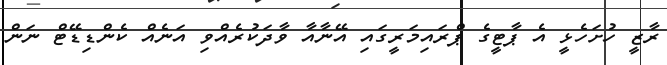
ރާޒީ ހުށަހެޅީ އެ ޕާޓީގެ ޕްރައިމަރީގައި އޭނާއާ ވާދަކުރެއްވި އަނެއް ކެންޑިޑޭޓް ނަން